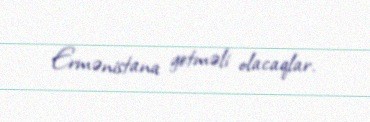
Ermənistana getməli olacaqlar.